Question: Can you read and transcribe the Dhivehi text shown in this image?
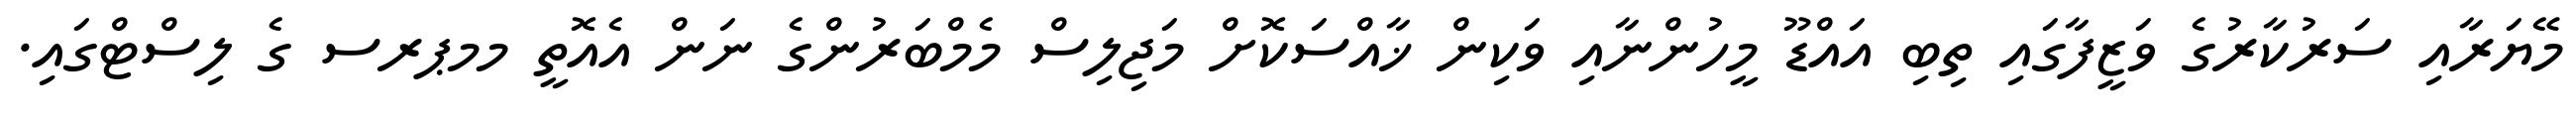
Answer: މޭޔަރާއި ސަރުކާރުގެ ވަޒީފާގައި ތިބި އައްޑޫ މީހުންނާއި ވަކިން ޚާއްސަކޮށް މަޖިލިސް މެމްބަރުންގެ ނަން އެއޮތީ މމޕރސ ގެ ލިސްޓްގައި.